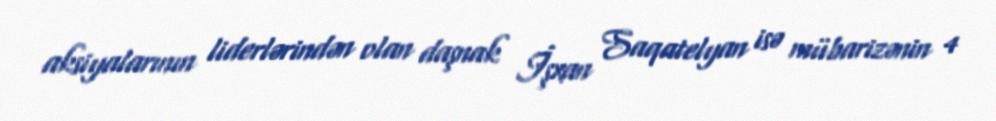
aksiyalarının liderlərindən olan daşnak İşxan Saqatelyan isə mübarizənin 4